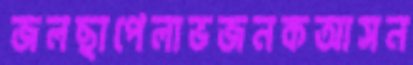
জলছাপেলাভজনকআসন